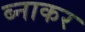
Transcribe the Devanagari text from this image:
ब्नाकर